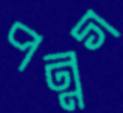
পন্নগ